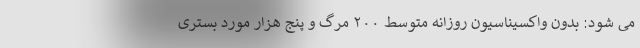
می شود: بدون واکسیناسیون روزانه متوسط ۲۰۰ مرگ و پنج هزار مورد بستری